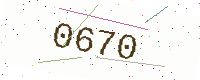
Text: 0670